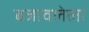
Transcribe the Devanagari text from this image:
बजावलेला